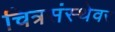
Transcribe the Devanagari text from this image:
चित्रसंस्थेवर